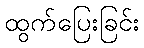
ထွက်ပြေးခြင်း